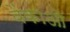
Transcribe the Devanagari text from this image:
बेंकाओ